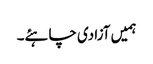
ہمیں آزادی چاہئے۔